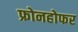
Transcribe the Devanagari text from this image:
फ्रोनहोफर